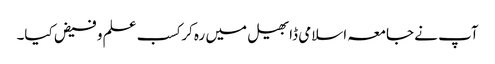
آپ نے جامعہ اسلامی ڈابھیل میں رہ کر کسب علم و فیض کیا۔